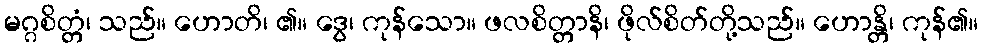
မဂ္ဂစိတ္တံ၊ သည်။ ဟောတိ၊ ၏။ ဒွေ၊ ကုန်သော။ ဖလစိတ္တာနိ၊ ဖိုလ်စိတ်တို့သည်။ ဟောန္တိ၊ ကုန်၏။